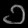
Digit: ၁